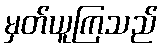
မှတ်ယူကြသည်